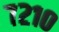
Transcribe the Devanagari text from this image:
७२१०